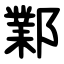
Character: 鄴